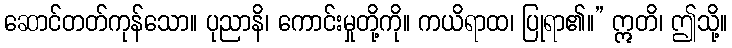
ဆောင်တတ်ကုန်သော။ ပုညာနိ၊ ကောင်းမှုတို့ကို။ ကယိရာထ၊ ပြုရာ၏။” ဣတိ၊ ဤသို့။